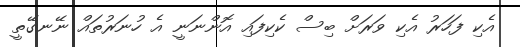
އެކި ފަހަރު އެކި ވަރަށް ބިސް ކެކިފައި އޮންނަނީ އެ ހުނަރުތައް ނޭނގޭތީ